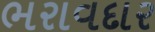
ભરાવદાર